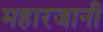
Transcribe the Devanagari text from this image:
महारजानी